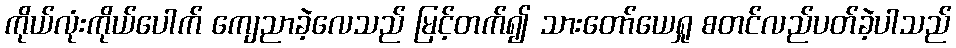
ကိုယ်လုံးကိုယ်ပေါက် ကျေညာခဲ့လေသည် မြင့်တက်၍ သားတော်ယေရှု စတင်လည်ပတ်ခဲ့ပါသည်